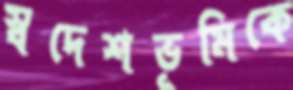
স্বদেশভূমিকে